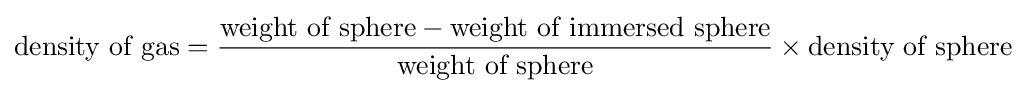
{\text{density of gas}}={\frac {{\text{weight of sphere}}-{\text{weight of immersed sphere}}}{\text{weight of sphere}}}\times {\text{density of sphere}}